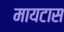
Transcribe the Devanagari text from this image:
मायटास